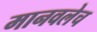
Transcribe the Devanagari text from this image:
मानवलेच